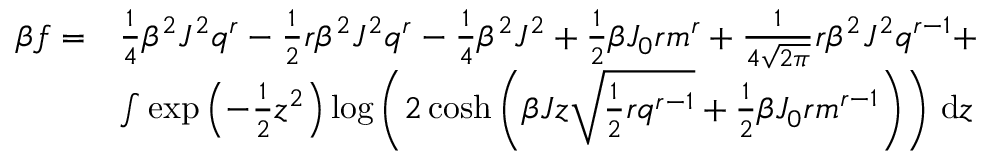
{ \begin{array} { r l } { \beta f = } & { { \frac { 1 } { 4 } } \beta ^ { 2 } J ^ { 2 } q ^ { r } - { \frac { 1 } { 2 } } r \beta ^ { 2 } J ^ { 2 } q ^ { r } - { \frac { 1 } { 4 } } \beta ^ { 2 } J ^ { 2 } + { \frac { 1 } { 2 } } \beta J _ { 0 } r m ^ { r } + { \frac { 1 } { 4 { \sqrt { 2 \pi } } } } r \beta ^ { 2 } J ^ { 2 } q ^ { r - 1 } + } \\ & { \int \exp \left( - { \frac { 1 } { 2 } } z ^ { 2 } \right) \log \left( 2 \cosh \left( \beta J z { \sqrt { { \frac { 1 } { 2 } } r q ^ { r - 1 } } } + { \frac { 1 } { 2 } } \beta J _ { 0 } r m ^ { r - 1 } \right) \right) \, \mathrm { d } z } \end{array} }